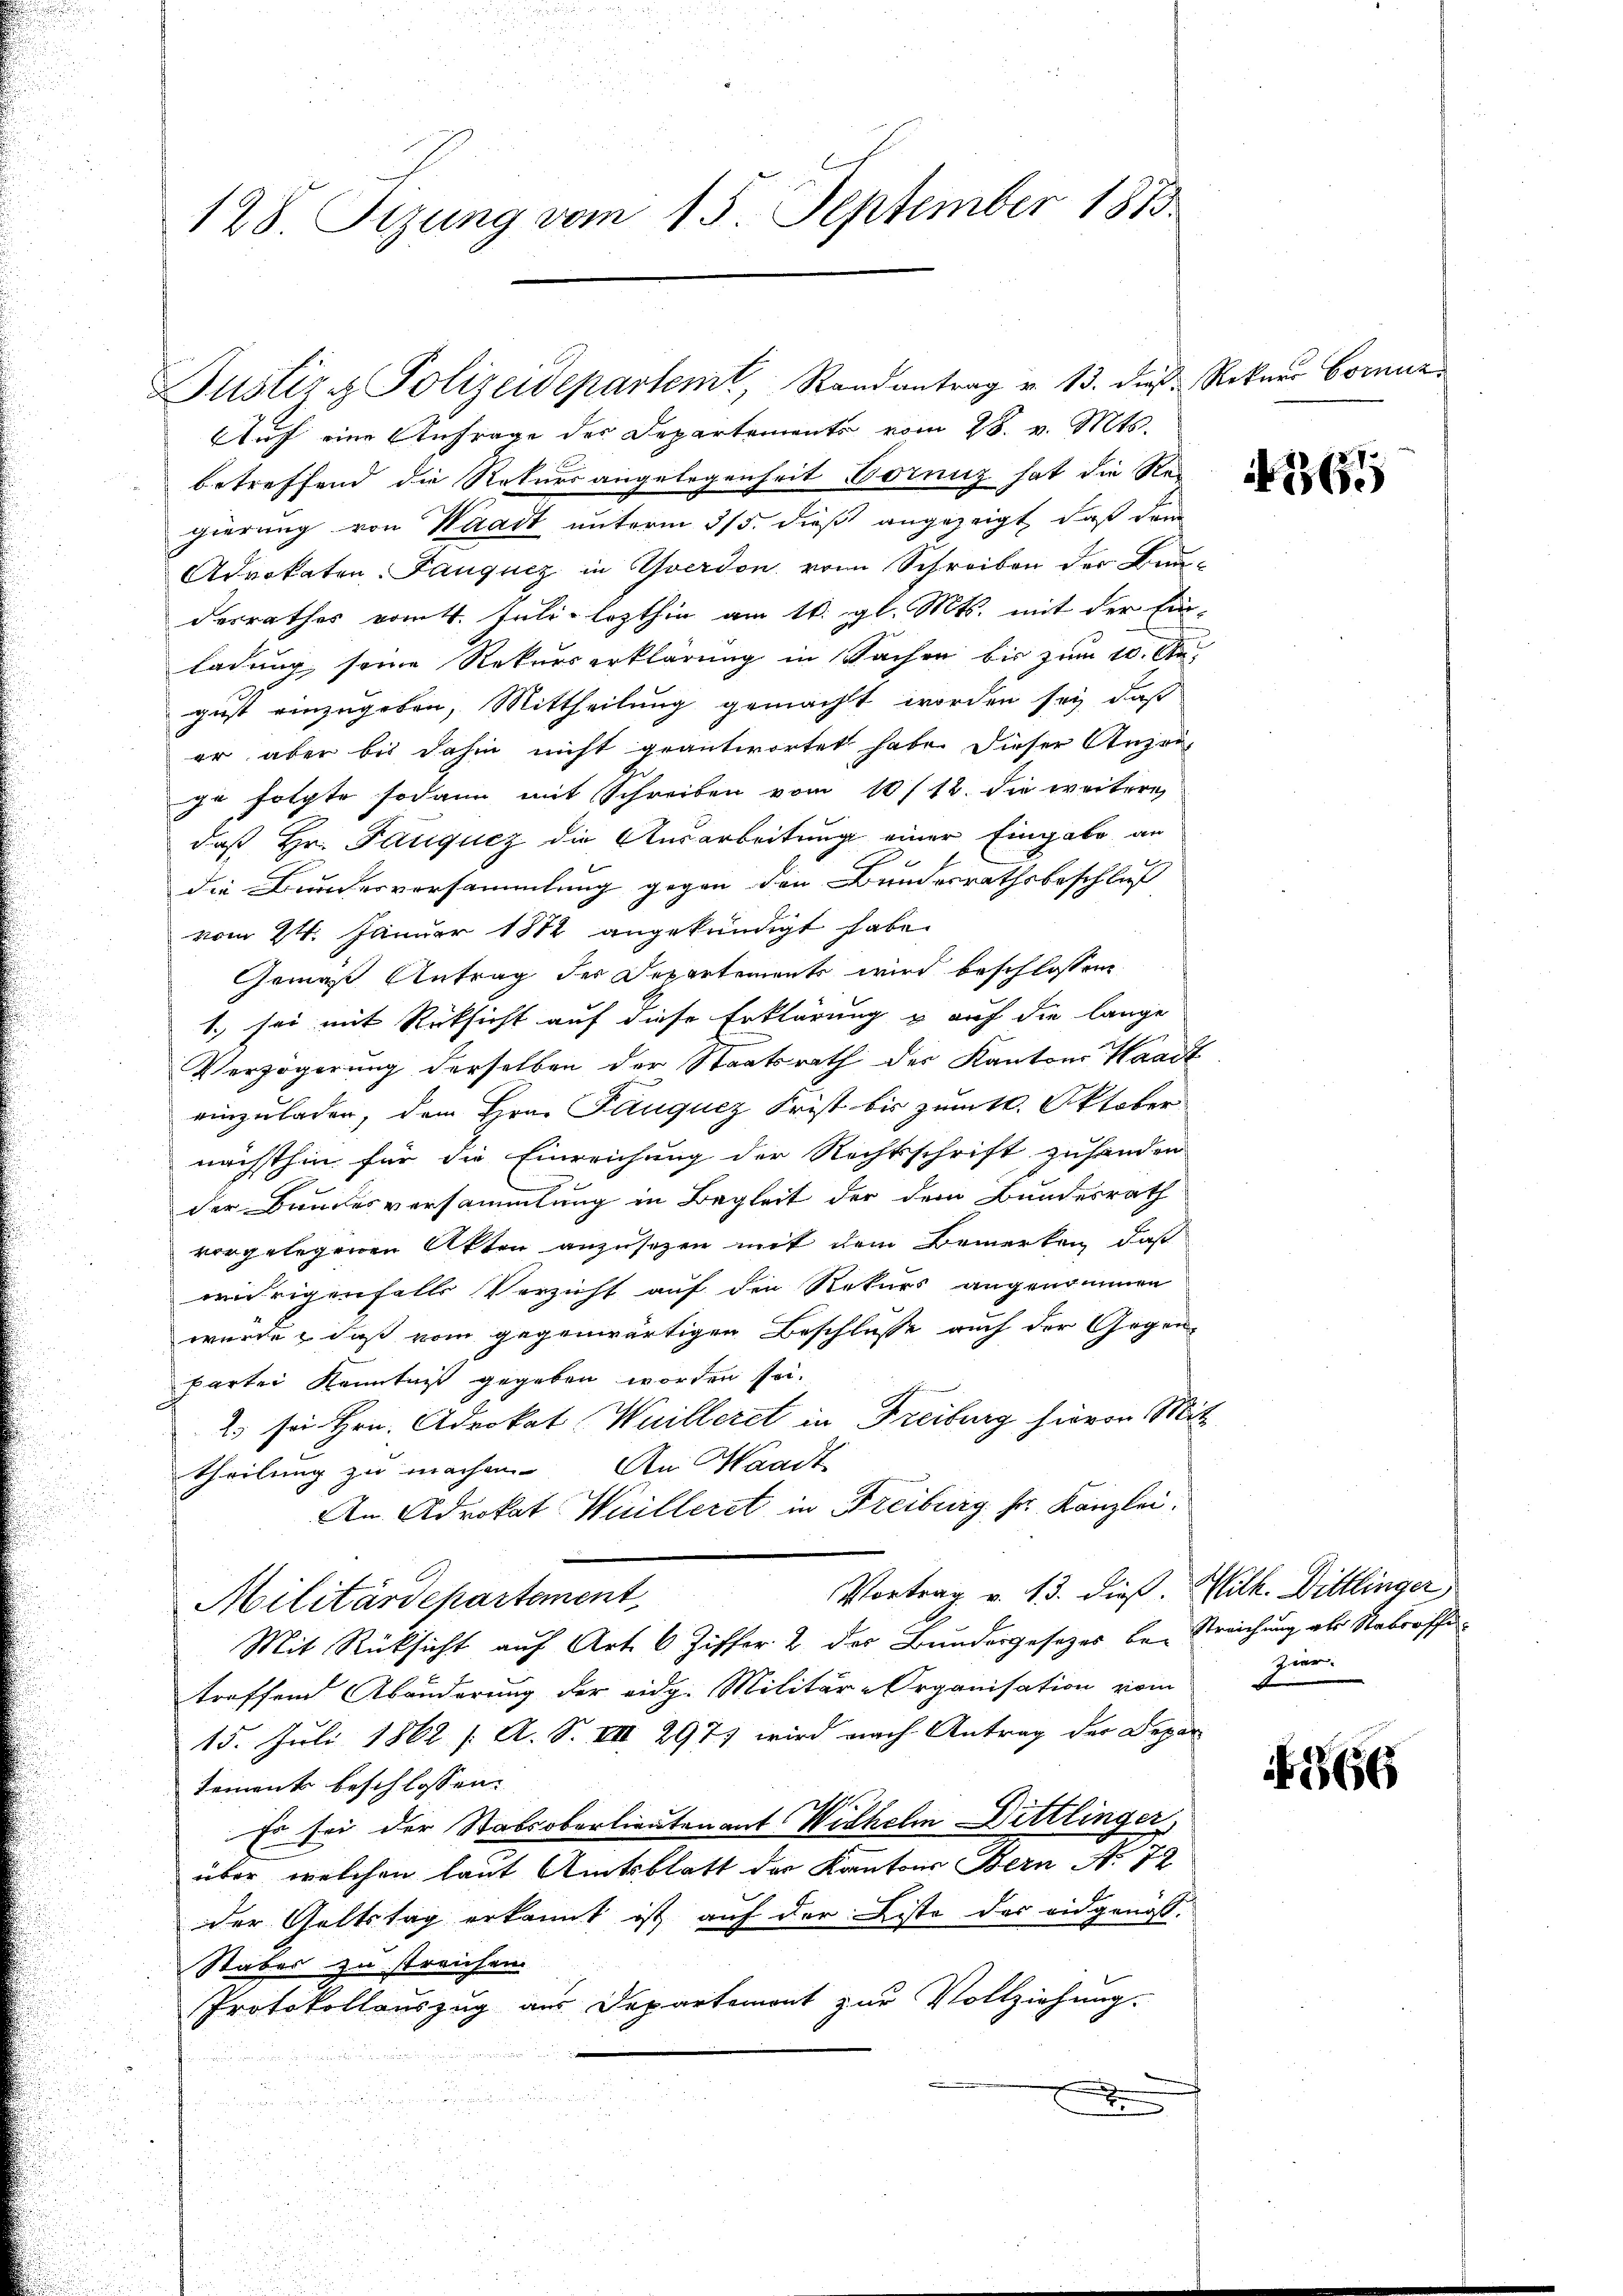
128. Tizung vom 15. September 1873.

Justiz & Polizeidepartemt, Randantrag v. 13. die Rekurs Hornun

Auf eine Anfrage des Departements vom 28. v. Mts.
betreffend die Rekursangelegenheit Borniz hat die Rec
gierung von Waadt unterm 3/5. dieß angezeigt, daß dem
Advokaten-Fanqucz in Yverdon von Schreiben der Bun-
desrathes vom 4. Juli lezthin am 16. gl. Mts. mit der Ein-
ladung seine Rekurserklärung in Sachen bis zum 10. An
gust einzugeben, Mittheilung gemacht worden sey, daß
er aber bis dahin nicht geantwortet habe. Dieser Anzei-
ge folgte sodann mit Schreiben vom 10/12. die weitere
daß Hr. Pauqucz die Ausarbeitung einer Eingabe an
die Bunderversammlung gegen den Bundesrathsbeschluß
vom 24. Januar 1872 angekündigt habe.
Gemäß Antrag der Departements wird beschlossen
1. sei mit Rücksicht auf diese Erklärung & auf die lange
Verzögerung derselben der Staatsrath der Kantons Waadt
einzuladen, dem Hrn. Pauquez Frist bis zum 10. Oktober
nächsthin für die Einreichung der Rechtsschrift, zuhanden
der Bundesversammlung in Begleit der dem Bundesrath
vorgelegenen Akten anzusetzen mit dem Bemerken, daß
widrigenfalls Verzicht auf den Rekurs angenommen
wurde, daß vom gegenwärtigen Beschlusse auch der Gegen-
partei Kenntniß gegeben worden sei.
2) sei Hrn. Advokat Wuilleret in Freiburg hievon Mit
theilung zu machen. An Waadt
An Advokat Wuilleret in Freiburg sr. Kanzlei.
Vortrag v. 13. dieß. Wilh. Dittlinger
Militärdepartement,
Mit Rücksicht auf Art. 6 Ziffer 2 der Bundergesetzes be- Streichung als Nabrosche
treffend Abänderung der eidg. Militär-Organisation vom
15. Juli 1862 /: A. S. VIII 2971 wird nach Antrag der Depar
sement beschlossen:
Es sei der Statsoberlieutenant Wilhelm Dittlinger
über welchen laut Amtsblatt der Kantons Bern N. 72
der Geltstag erkannt ist auf der Liste des eidgenöss.
Staber zu streichen.
Protokollauszug aus Departement zur Vollziehung.
.

361

zier

656